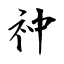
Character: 祌